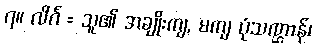
၇။ လိင်္ဂ = သူ၏ အချိုးကျ, မကျ ပုံသဏ္ဌာန်၊